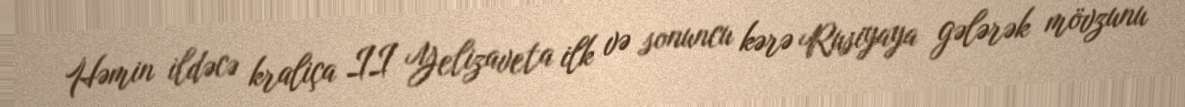
Həmin ildəcə kraliça II Yelizaveta ilk və sonuncu kərə Rusiyaya gələrək mövzunu